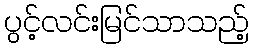
ပွင့်လင်းမြင်သာသည့်